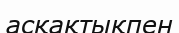
асқақтықпен